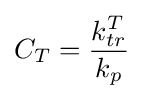
C_{T}={\frac {k_{tr}^{T}}{k_{p}}}